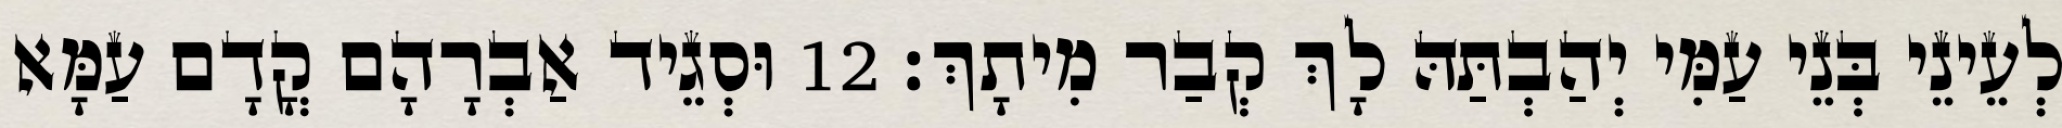
לְעֵינֵי בְּנֵי עַמִּי יְהַבְתַּהּ לָךְ קְבַר מִיתָךְ׃ 12 וּסְגֵיד אַבְרָהָם קֳדָם עַמָּא